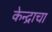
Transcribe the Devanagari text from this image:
केन्द्राचा